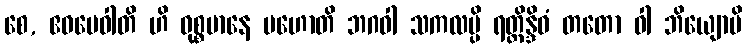
စေ, ဧဝမေဝါတိ ဟိ ဝုစ္စမာနေ ပဟောတိ ဘဂဝါ သကလမ္ပိ ရတ္တိန္ဒိဝံ တတော ဝါ ဘိယျောပိ